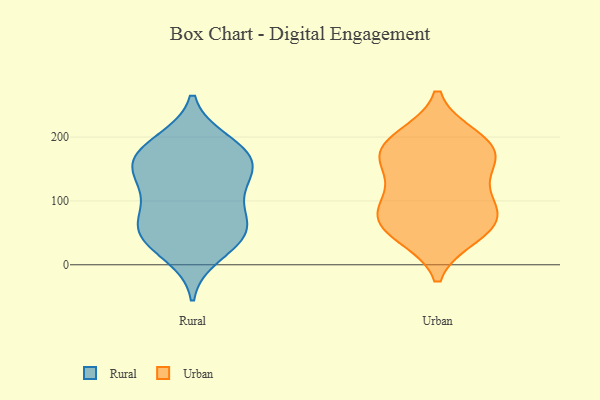
{"axis": {"x": "Headcount", "y": "Value"}, "legend": ["Rural", "Urban"], "data": [{"x": "", "y": 188, "type": "Rural"}, {"x": "", "y": 164, "type": "Rural"}, {"x": "", "y": 42, "type": "Rural"}, {"x": "", "y": 128, "type": "Rural"}, {"x": "", "y": 109, "type": "Rural"}, {"x": "", "y": 52, "type": "Rural"}, {"x": "", "y": 141, "type": "Rural"}, {"x": "", "y": 43, "type": "Rural"}, {"x": "", "y": 78, "type": "Rural"}, {"x": "", "y": 52, "type": "Rural"}, {"x": "", "y": 149, "type": "Rural"}, {"x": "", "y": 193, "type": "Rural"}, {"x": "", "y": 76, "type": "Rural"}, {"x": "", "y": 174, "type": "Rural"}, {"x": "", "y": 16, "type": "Rural"}, {"x": "", "y": 161, "type": "Rural"}, {"x": "", "y": 50, "type": "Urban"}, {"x": "", "y": 63, "type": "Urban"}, {"x": "", "y": 185, "type": "Urban"}, {"x": "", "y": 111, "type": "Urban"}, {"x": "", "y": 79, "type": "Urban"}, {"x": "", "y": 165, "type": "Urban"}, {"x": "", "y": 160, "type": "Urban"}, {"x": "", "y": 78, "type": "Urban"}, {"x": "", "y": 199, "type": "Urban"}, {"x": "", "y": 46, "type": "Urban"}, {"x": "", "y": 98, "type": "Urban"}, {"x": "", "y": 194, "type": "Urban"}, {"x": "", "y": 162, "type": "Urban"}]}